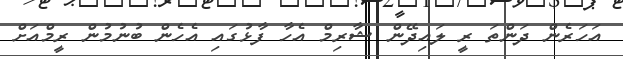
އަހަރެން ދަންތަ ރީ ލައިދޭން ޝާރިމް އެހާ ފާޅުގައި އެހެން ބުނުމުން ރީމްއަށް